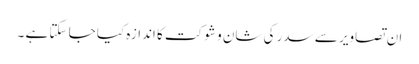
ان تصاویر سے سدر کی شان و شوکت کا اندازہ کیا جا سکتا ہے ۔